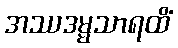
အဿဒမ္မသာရထိံ